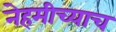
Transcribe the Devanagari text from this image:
नेहमीच्याच